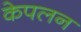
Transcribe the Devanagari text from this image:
केपलन